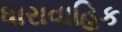
ધારાવાહિક